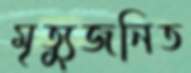
মৃত্যুজনিত